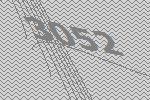
3052